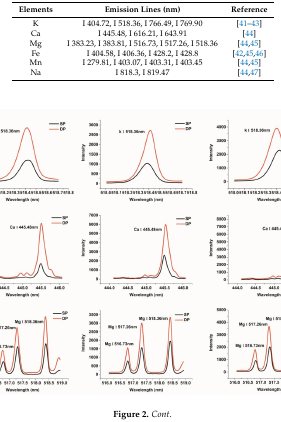
| Elements | Emission Lines (nm) | Reference |
 | --- | --- | --- |
 | K | I 404.72, I 518.36, I 766.49, I 769.90 | [41,42,43] |
 | Ca | I 445.48, I 616.21, I 643.91 | [44] |
 | Mg | I 383.23, I 383.81, I 516.73, I 517.26, I 518.36 | [44,45] |
 | Fe | I 404.58, I 406.36, I 428.2, I 428.8 | [42,45,46] |
 | Mn | I 279.81, I 403.07, I 403.31, I 403.45 | [44,45] |
 | Na | I 818.3, I 819.47 | [44,47] |